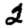
Digit: 2